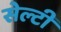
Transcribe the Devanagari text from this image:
सेल्टी